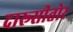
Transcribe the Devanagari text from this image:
दारूसीतोर